Vaccination in Burma 1900-1911 - 1900-1911
Year: 1900
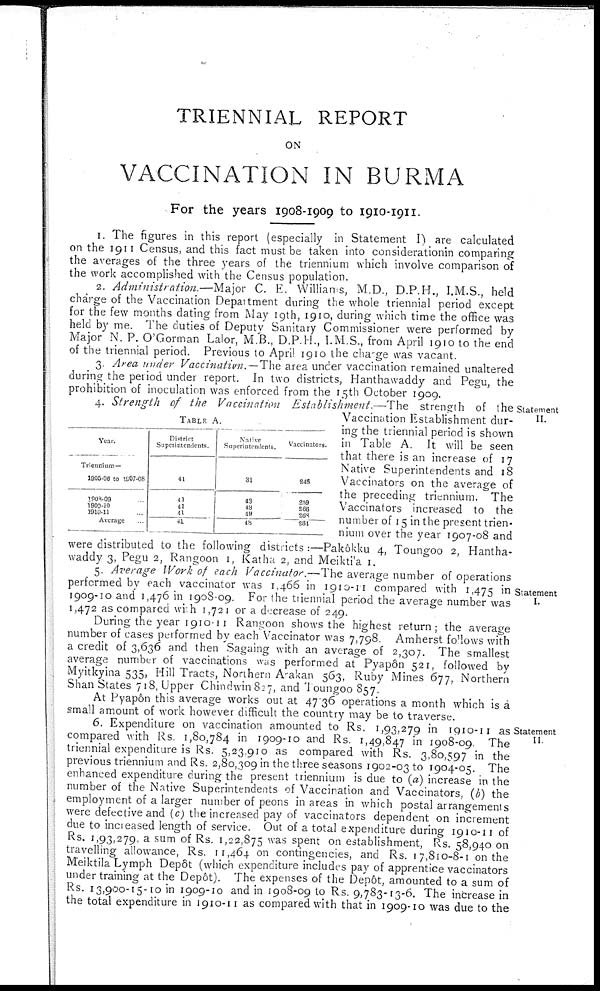
TRIENNIAL REPORT
ON
VACCINATION IN BURMA
For the years 1908-1909 to 1910-1911.
1. The figures in this report (especially in Statement I) are calculated
on the 1911 Census, and this fact must be taken into considerationin comparing
the averages of the three years of the triennium which involve comparison of
the work accomplished with the Census population.
2. Administration.—-Major C. E. Williams, M.D., D.P.H., I.M.S., held
charge of the Vaccination Department during the whole triennial period except
for the few months dating from May 19th, 1910, during which time the office was
held by me. The duties of Deputy Sanitary Commissioner were performed by
Major N. P. O'Gorman Lalor, M.B., D.P.H., I.M.S., from April 1910 to the end
of the triennial period. Previous to April 1910 the charge was vacant.
3. Area under Vaccination.—The area under vaccination remained unaltered
during the period under report. In two districts, Hanthawaddy and Pegu, the
prohibition of inoculation was enforced from the 15th October 1909.
Statement
II.
TABLE A.
Year.
Triencium—
1905-06 to 1907-08
1903-09 ...
1909-10 ...
1910-11 ...
Average ...
District
Superintendents.
41
41
41
41
41
Native
Superintendents.
31
48
48
49
48
Vaccinators
246
259
266
268
264
4. Strength of the Vaccination Establishment.—The
strength of the
Vaccination Establishment dur-
ing the triennial period is shown
in Table A. It will be seen
that there is an increase of 17
Native Superintendents and 18
Vaccinators on the average of
the preceding triennium. The
Vaccinators increased to the
number of 15 in the present trien-
nium over the year 1907-08 and
were distributed to the following districts :—Pakôkku 4, Toungoo 2, Hantha-
waddy 3, Pegu 2, Rangoon 1, Katha 2, and Meiktila 1.
Statement
I.
5. Average Work of each Vaccinator.—The average number of operations
performed by each vaccinator was 1,466 in 1910-11 compared with 1,475 in
1909-10 and 1,476 in 1908-09. For the triennial period the average number was
1,472 as compared with 1,721 or a decrease of 249.
During the year 1910-11 Rangoon shows the highest return; the average
number of cases performed by each Vaccinator was 7,798. Amherst follows with
a credit of 3,636 and then Sagaing with an average of 2,307. The smallest
average number of vaccinations was performed at Pyapôn 521, followed by
Myitkyina 535, Hill Tracts, Northern Arakan 563, Ruby Mines 677, Northern
Shan States 718, Upper Chindwin 827, and Toungoo 857.
At Pyapôn this average works out at 47.36 operations a month which is a
small amount of work however difficult the country may be to traverse.
Statement
II.
6. Expenditure on vaccination amounted to Rs. 1,93,279 in 1910-11 as
compared with Rs. 1,80,784 in 1909-10 and Rs. 1,49,847 in 1908-09. The
triennial expenditure is Rs. 5,23,910 as compared with Rs. 3,80,597 in the
previous triennium and Rs. 2,80,309 in the three seasons 1902-03 to 1904-05. The
enhanced expenditure during the present triennium is due to (a) increase in the
number of the Native Superintendents of Vaccination and Vaccinators, (b) the
employment of a larger number of peons in areas in which postal arrangements
were defective and (c) the increased pay of vaccinators dependent on increment
due to increased length of service. Out of a total expenditure during 1910-11 of
Rs. 1,93,279, a sum of Rs. 1,22,875 was spent on establishment, Rs. 58,940 on
travelling allowance, Rs. 11,464 on contingencies, and Rs. 17,810-8-1 on the
Meiktila Lymph Depôt (which expenditure includes pay of apprentice vaccinators
under training at the Depôt). The expenses of the Depôt, amounted to a sum of
Rs. 13,900-15-10 in 1909-10 and in 1908-09 to Rs. 9,783-13-6. The increase in
the total expenditure in 1910-11 as compared with that in 1909-10 was due to the